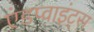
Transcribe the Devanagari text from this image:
एंडप्वाइंट्स